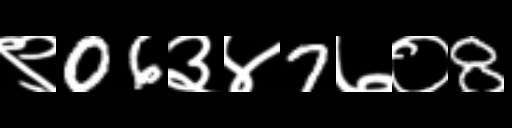
Text: ९06३४7७०8